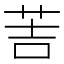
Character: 䓀